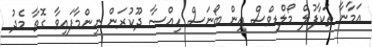
އަމާނާ ތަކާފުލް މޯލްޑިވްސް އިން ބޯނަސް ހިއްސާ ދޫކުރަން ނިންމާފައިވާ ގޮތާ މެދު